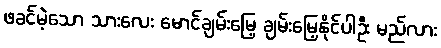
ဖခင်မဲ့သော သားလေး မောင်ချမ်းမြေ့ ချမ်းမြေ့နိုင်ပါဦး မည်လား